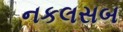
નકલસબ